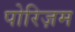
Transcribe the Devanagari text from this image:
पोरिज़म